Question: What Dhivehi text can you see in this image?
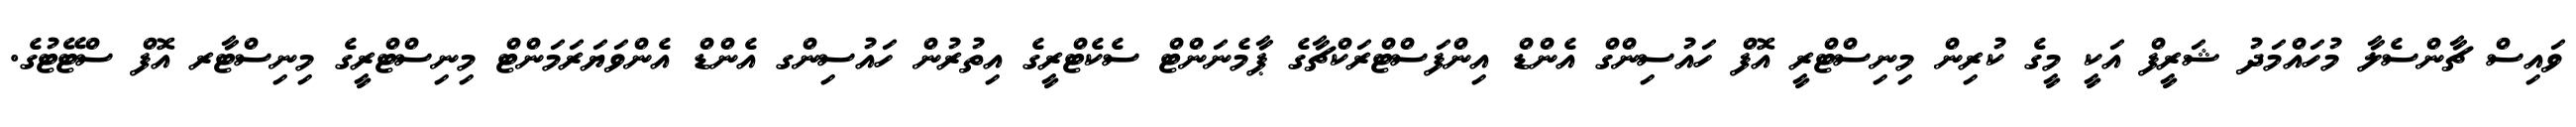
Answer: ވައިސް ޗާންސެލާ މުހައްމަދު ޝަރީފް އަކީ މީގެ ކުރިން މިނިސްޓްރީ އޮފް ހައުސިންގް އެންޑް އިންފަސްޓްރަކްޗާގެ ޕާމެނަންޓް ސެކެޓްރީގެ އިތުރުން ހައުސިންގ އެންޑް އެންވަޔަރަމަންޓް މިނިސްޓްރީގެ މިނިސްޓާރ އޮފް ސްޓޭޓުގެ.